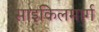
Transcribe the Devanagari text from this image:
साइकिलमार्ग